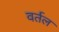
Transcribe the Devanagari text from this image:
वर्तल